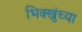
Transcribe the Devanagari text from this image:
भिक्खुंच्या